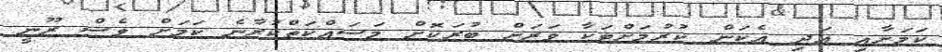
ކަމަށާއި އަދި އެކަން ކުރުމަށްޓަކާ ވަރަށް ބުރަކޮށް މަސައްކަތްކުރާނެ ކަމަށް ވެސް ރޫނީ